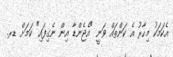
އެކަމަކު މިހާރު އެ ކަންތައް ވަނީ "އެޖެންޑާ އިން ނެގިފައި" ކަމަށް ޑރ.